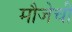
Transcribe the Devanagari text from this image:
मौजेची